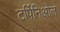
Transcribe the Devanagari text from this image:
टर्पिनिओल